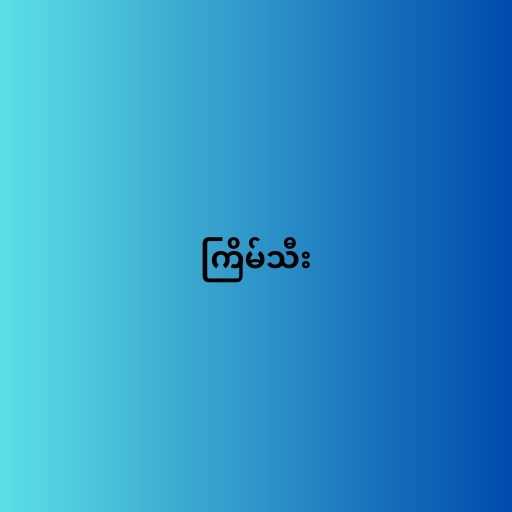
ကြိမ်သီး